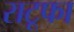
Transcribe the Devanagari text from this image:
राटूफा